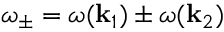
\omega _ { \pm } = \omega ( \mathbf { k } _ { 1 } ) \pm \omega ( \mathbf { k } _ { 2 } )